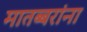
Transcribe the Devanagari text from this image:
मातब्बरांना